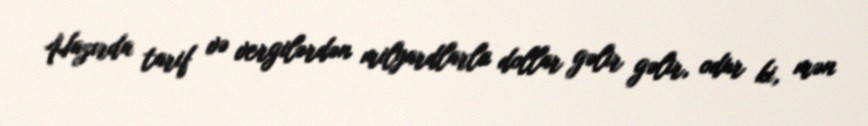
Hazırda tarif və vergilərdən milyardlarla dollar gəlir gəlir, odur ki, mən